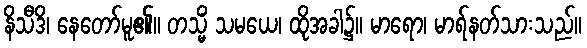
နိသီဒိ၊ နေတော်မူ၏။ တသ္မိံ သမယေ၊ ထိုအခါ၌။ မာရော၊ မာရ်နတ်သားသည်။